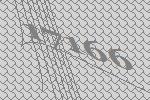
17166